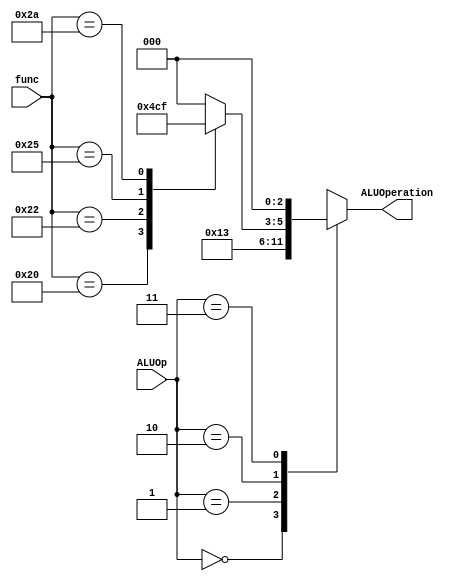
module ALUControl(ALUOp,func,ALUOperation);
input [1:0]ALUOp;
input [5:0]func;
output reg [2:0]ALUOperation;
	always@(ALUOp or func)begin
		ALUOperation = 3'b000;
		case(ALUOp)
			2'b00: ALUOperation=3'b010;
			2'b01: ALUOperation=3'b011;
			2'b10: begin
				case(func)
					6'b100000: ALUOperation=3'b010;
					6'b100010: ALUOperation=3'b011;
					6'b100100: ALUOperation=3'b000;
					6'b100101: ALUOperation=3'b001;
					6'b101010: ALUOperation=3'b111;
					default: ALUOperation = 3'b000;
				endcase
			end
			2'b11: ALUOperation=3'b000;
			default: ALUOperation = 3'b000;
		endcase
	end
endmodule